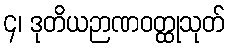
၄၊ ဒုတိယဉာဏဝတ္ထုသုတ်